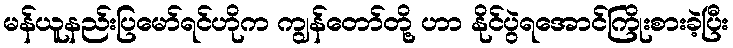
မန်ယူနည်းပြမော်ရင်ဟိုက ကျွန်တော်တို့ ဟာ နိုင်ပွဲရအောင်ကြိုးစားခဲ့ပြီး